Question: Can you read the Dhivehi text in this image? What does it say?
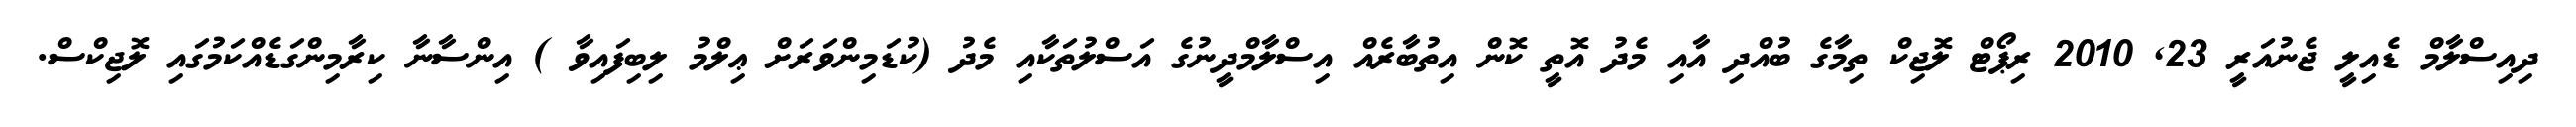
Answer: ދިއިސްލާމް ޑެއިލީ ޖެނުއަރީ 23, 2010 ރިޕޯޓް ލޮޖިކް ތިމާގެ ބުއްދި އާއި މެދު އޮތީ ކޮން އިތުބާރެއް އިސްލާމްދީނުގެ އަސްލުތަކާއި މެދު (ކުޑަމިންވަރަށް ޢިލްމު ލިބިފައިވާ ) އިންސާނާ ކިރާމިންގަޑެއްކަމުގައި ލޮޖިކްސް.